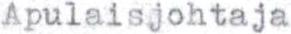
Apulaisjohtaja